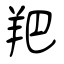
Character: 羓